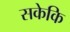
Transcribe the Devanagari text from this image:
सकेकि